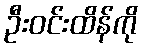
ဦးဝင်းထိန်ကို